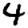
Digit: 4